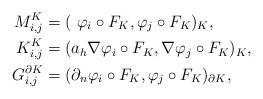
\begin{align*} M_{i,j}^{K} & = ( ~\varphi_i \circ F_K, \varphi_j \circ F_K)_K, \\ K_{i,j}^{K} & = ( a_h \nabla \varphi_i \circ F_K, \nabla \varphi_j \circ F_K)_K,\\ G_{i,j}^{\partial K} & = (\partial_n \varphi_i \circ F_K, \varphi_j \circ F_K)_{\partial K},\\ \end{align*}